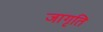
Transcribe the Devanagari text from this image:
जागृति